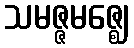
သမဇ္ဇမဇ္ဈေ